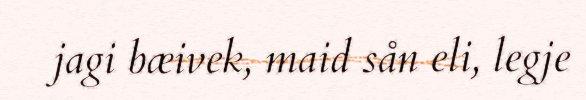
jagi bæivek, maid sån eli, legje